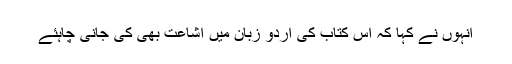
انہوں نے کہا کہ اس کتاب کی اردو زبان میں اشاعت بھی کی جانی چاہئے